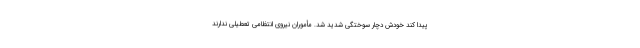
پیدا کند خودش دچار سوختگی شدید شد. مأموران نیروی انتظامی تعطیلی ندارند